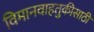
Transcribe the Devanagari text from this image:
विमानवाहतुकीसाठी